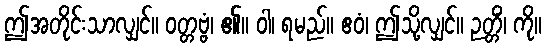
ဤအတိုင်းသာလျှင်။ ဝတ္တဗ္ဗံ၊ ၏။ ဝါ၊ ရမည်။ ဧဝံ၊ ဤသို့လျှင်။ ဉတ္တိံ၊ ကို။